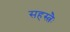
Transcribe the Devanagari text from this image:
सहस्त्रैः